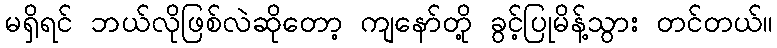
မရှိရင် ဘယ်လိုဖြစ်လဲဆိုတော့ ကျနော်တို့ ခွင့်ပြုမိန့်သွား တင်တယ်။